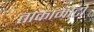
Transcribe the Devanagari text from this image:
ताकामोटो